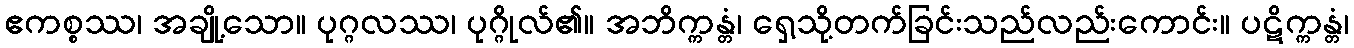
ဧကစ္စဿ၊ အချို့သော။ ပုဂ္ဂလဿ၊ ပုဂ္ဂိုလ်၏။ အဘိက္ကန္တံ၊ ရှေ့သို့တက်ခြင်းသည်လည်းကောင်း။ ပဋိက္ကန္တံ၊